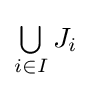
{\textstyle \bigcup \limits _{i\in I}J_{i}}